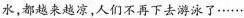
水，都越来越凉，人们不再下去游泳了……